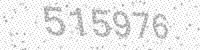
Solution: 515976